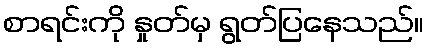
စာရင်းကို နှုတ်မှ ရွတ်ပြနေသည်။